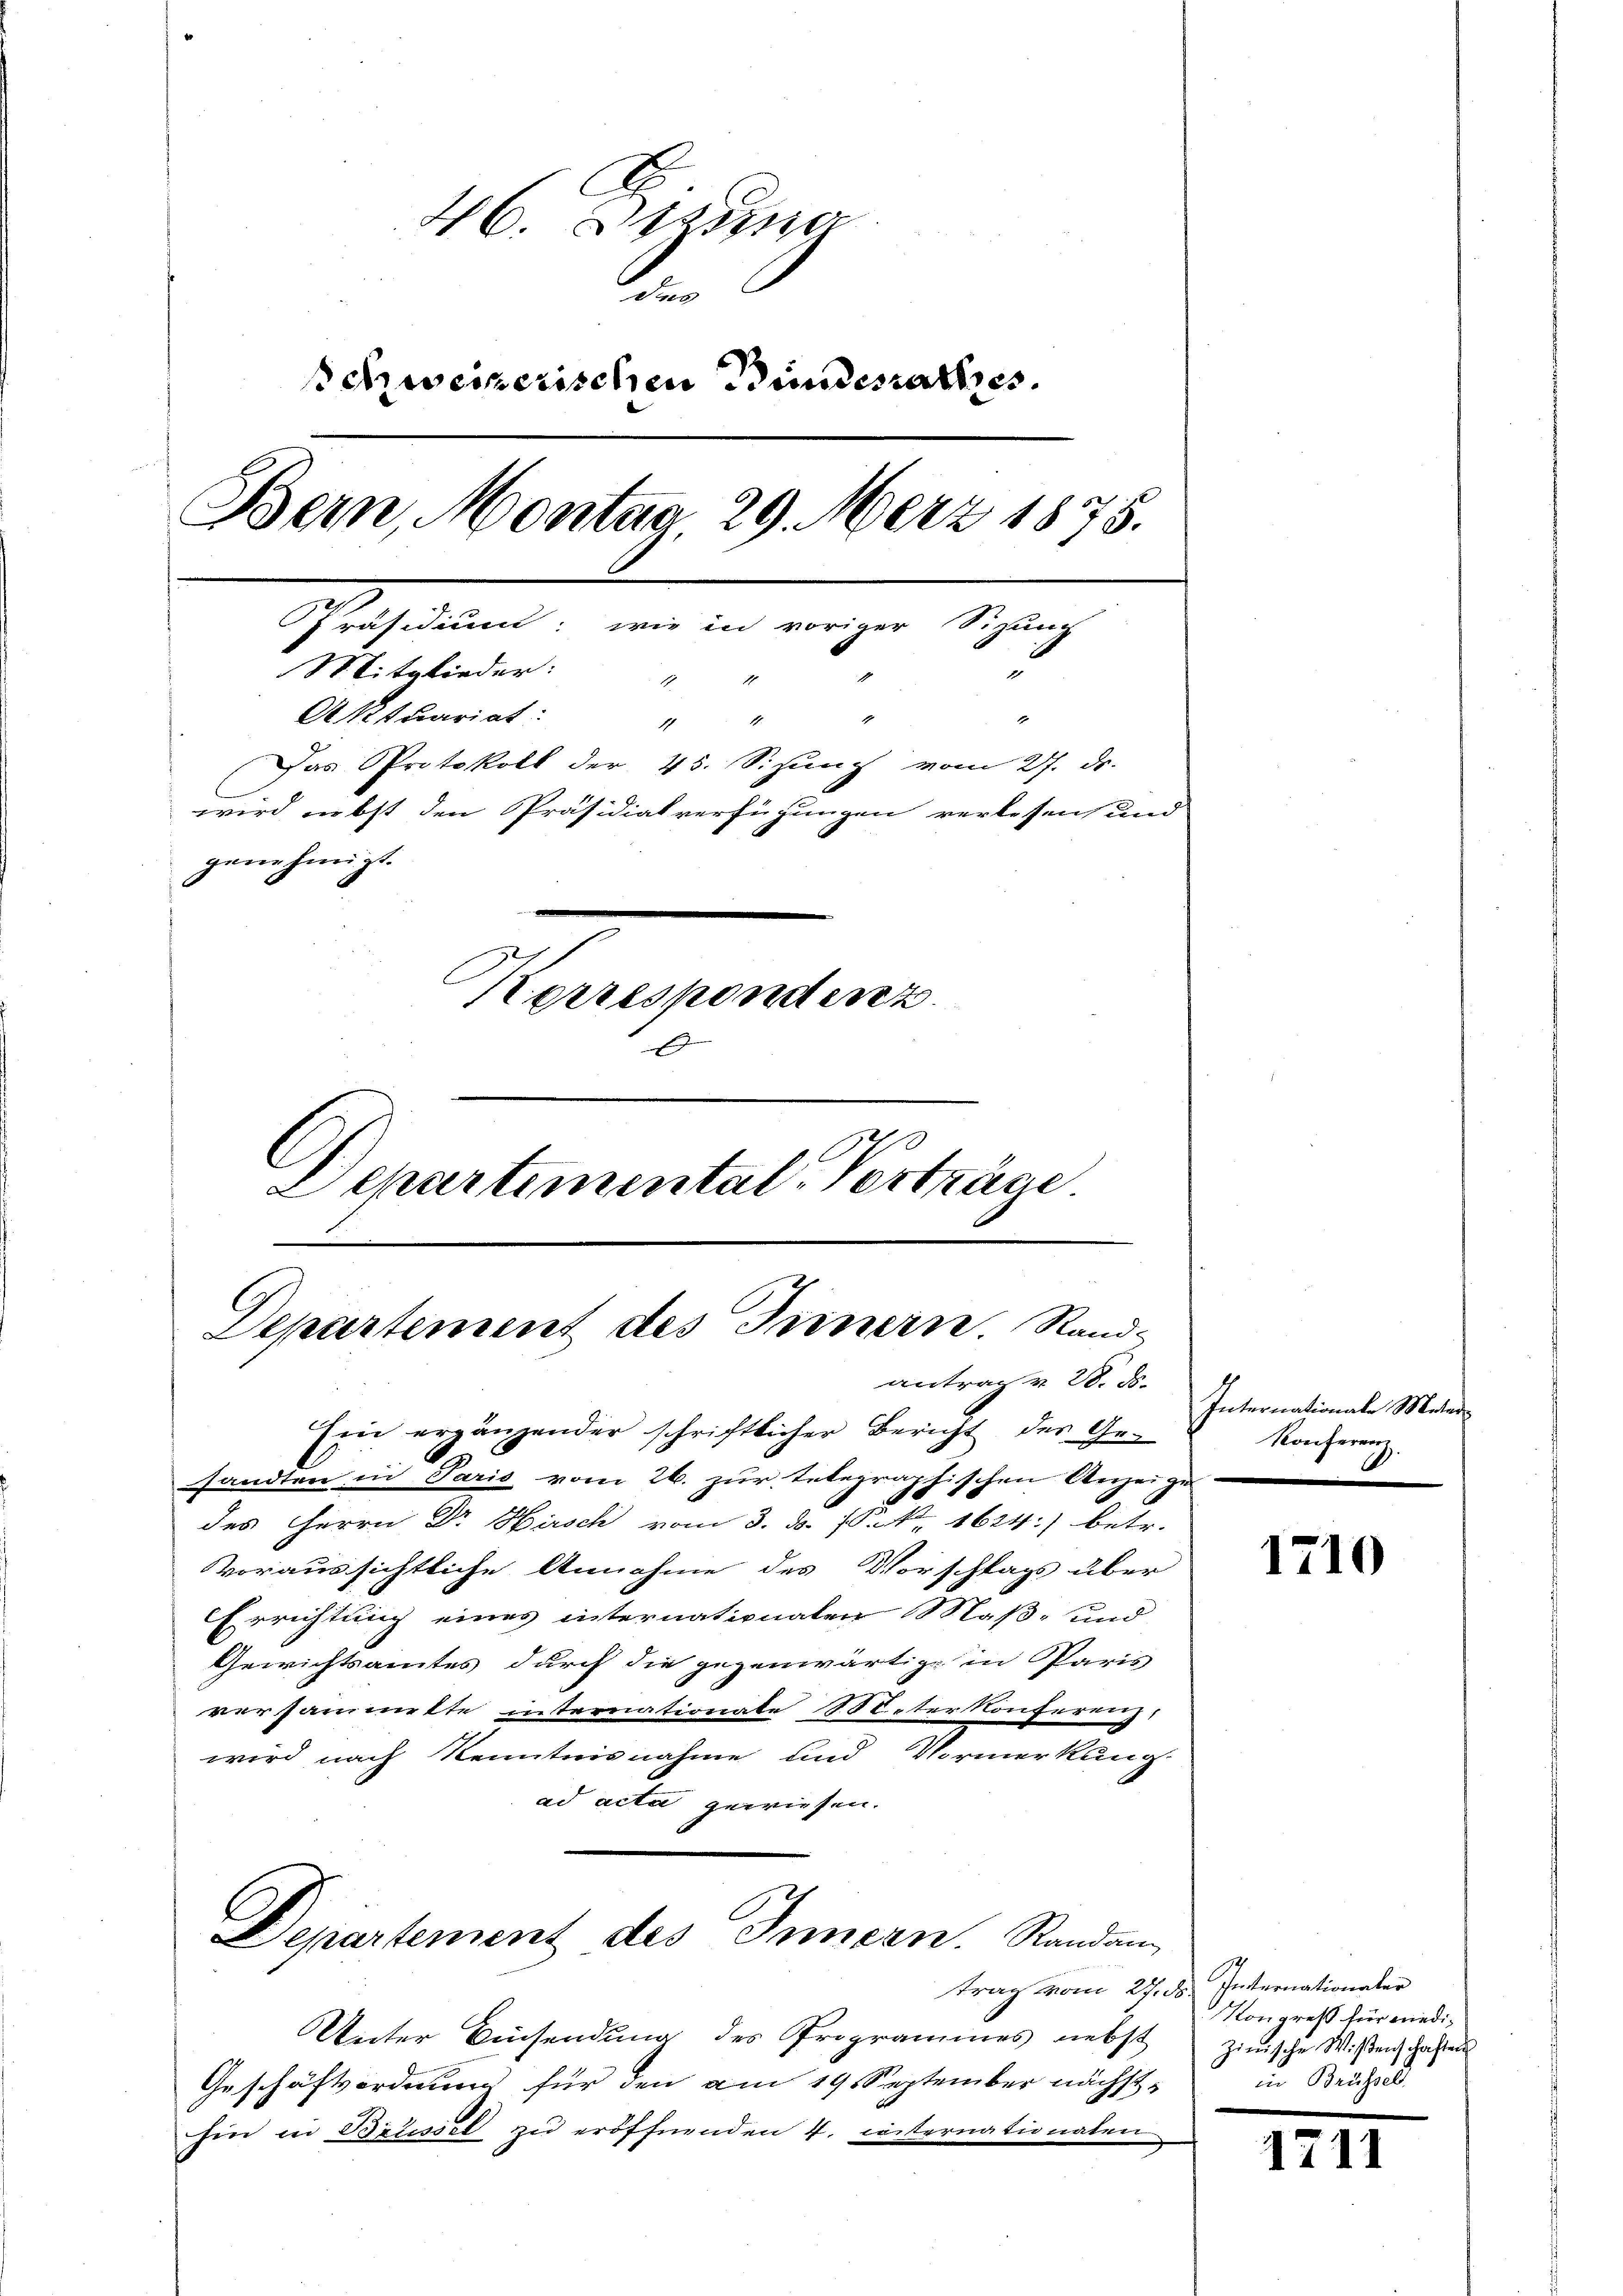
46. Diesma
.
schweizerischen Bundesrathes.
Bern, Montag 29. März 1875.
Präsidium: wie in voriger Sizung
Mitglieder:
d
1
Aktuariat: " "
Das Protokoll der 45. Sizung vom 27. ds.
wird nebst den Präsidialverfügungen verlesen und
genehmigt.
Korrespondenz.
Departemental-Verträge

Departement des Tunnern. Rand-
antrag v. 28. ds.
Ein ergängender schriftlicher Bericht der Ge¬

sandten in Paris vom 26. zur telegraphischen Anzeige
des Herrn Dr Hirsch vom 3. ds. f. N. 1614) betr.
vvoraussichtliche Annahme des Vorschlags über
Errichtung eines internationalen Maß- und
Gewichtsamtes durch die gegenwärtige in Paris
versammette internationale Speter Konferenz
wird nach Kenntnisnahme und Vormerkung.
ad acta gewiesen.
Departement des Innern. Randan
trag vom 27. ds. Internationaler
Unter Einsendung des Programmes nebst zinische Wißen Gasten
Geschäftsordnung für den am 19. September nächsthin in Brissel zu eröffnenden 4. iiternationalen

Internationale Meter
Konferenz.

1710

Kongreß für niediin Bruchse

17